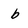
Character: b